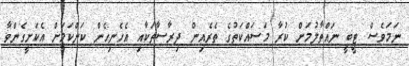
ނަމަވެސް ޓީބީ ނައްތާލުމަށް ކުރާ މަސައްކަތުގެ ތެރެއިން ދިރާސާތަކާއި އެހެނިހެން ކަންކަމަށް އެކަށީގެންވާ